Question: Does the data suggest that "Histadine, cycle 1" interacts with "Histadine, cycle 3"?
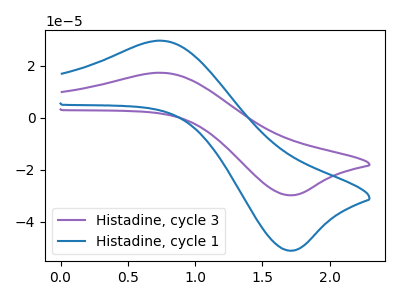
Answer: <think>The purple curve "Histadine, cycle 3" has an anodic peak at (0.75V, 17.25uA) and a cathodic peak at (1.75V, -29.80uA). The blue curve "Histadine, cycle 1" has an anodic peak at (0.75V, 29.55uA) and a cathodic peak at (1.75V, -51.10uA).
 All the peaks in "Histadine, cycle 1" have a peak in "Histadine, cycle 3" at the same potential. Every peak in "Histadine, cycle 1" is higher than every peak in "Histadine, cycle 3".</think>
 <answer>No, "Histadine, cycle 1" and "Histadine, cycle 3" don't appear to be significantly different in shape</answer>
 <eval>no_change</eval>